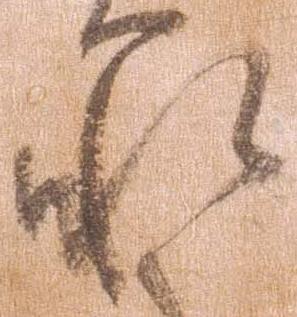
承